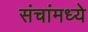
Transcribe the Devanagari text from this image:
संचांमध्ये